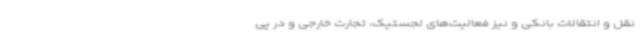
نقل و انتقالات بانکی و نیز فعالیت‌های لجستیک، تجارت خارجی و در پی